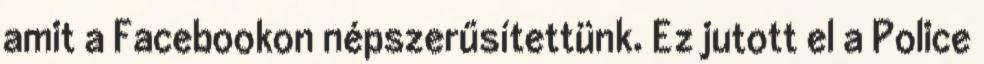
amit a Facebookon népszerűsítettünk. Ez jutott el a Police